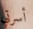
أسرتي